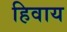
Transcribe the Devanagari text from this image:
हिवाय